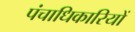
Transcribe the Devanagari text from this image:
पंचाधिकारियों